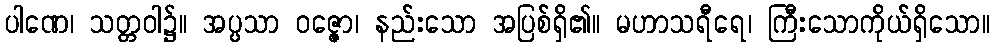
ပါဏေ၊ သတ္တဝါ၌။ အပ္ပသာ ဝဇ္ဇော၊ နည်းသော အပြစ်ရှိ၏။ မဟာသရီရေ၊ ကြီးသောကိုယ်ရှိသော။